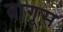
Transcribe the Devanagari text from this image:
तागूस